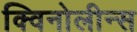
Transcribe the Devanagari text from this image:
क्विनोलीन्स